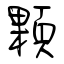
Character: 顆